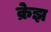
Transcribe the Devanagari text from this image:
क्रेझ